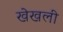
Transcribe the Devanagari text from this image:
खेखली